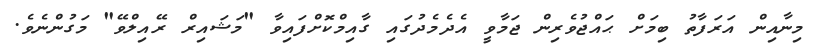
މިނާއިން އަރަފާތު ބިމަށް ޙައްޖުވެރިން ޖަމާވީ އެދެމެދުގައި ގާއިމްކޮށްފައިވާ "މަޝައިރް ރޭއިލްވޭ" މަގުންނެވެ.